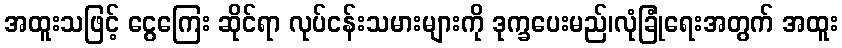
အထူးသဖြင့် ငွေကြေး ဆိုင်ရာ လုပ်ငန်းသမားများကို ဒုက္ခပေးမည်၊လုံခြုံရေးအတွက် အထူး